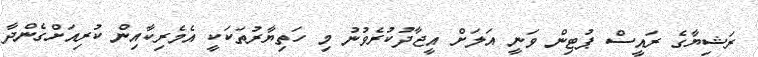
ރަޝިޔާގެ ރައީސް ޕުޓިން ވަނީ އަލަށް އީޖާދުކުރެވުނު މި ހަތިޔާރުތަކަކީ އެމެރިކާއިން ކުރިއަށްގެންދާ